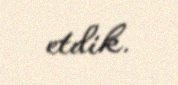
etdik.